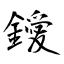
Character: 鑀